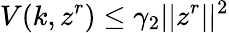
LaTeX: V(k,z^{r})\leq\gamma_{2}\lvert|z^{r}\rvert|^{2}